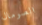
الصومال